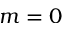
m = 0